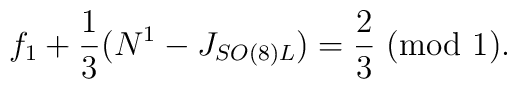
f_1 +{1\over 3}(N^1 - J_{SO(8)L}) = {2\over 3} ~(\mbox{mod~1}).